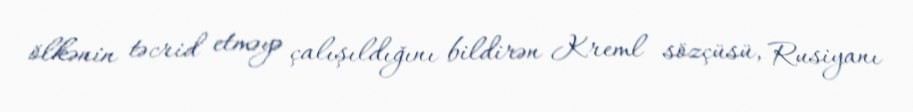
ölkənin təcrid etməyə çalışıldığını bildirən Kreml sözçüsü, Rusiyanı